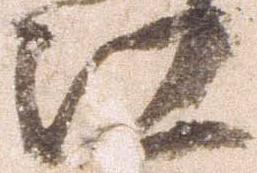
江